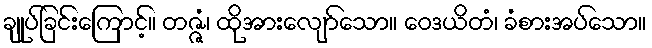
ချုပ်ခြင်းကြောင့်။ တဇ္ဇံ၊ ထိုအားလျော်သော။ ဝေဒယိတံ၊ ခံစားအပ်သော။